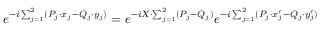
e ^ { - i \sum _ { j = 1 } ^ { 2 } ( P _ { j } \cdot x _ { j } - Q _ { j } \cdot y _ { j } ) } = e ^ { - i X \cdot \sum _ { j = 1 } ^ { 2 } ( P _ { j } - Q _ { j } ) } e ^ { - i \sum _ { j = 1 } ^ { 2 } ( P _ { j } \cdot x _ { j } ^ { \prime } - Q _ { j } \cdot y _ { j } ^ { \prime } ) }